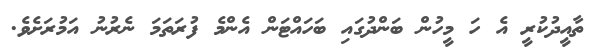
ތާއީދުކުރީ އެ ހަ މީހުން ބަންދުގައި ބަހައްޓަން އެންމެ ފުރަތަމަ ނެރުނު އަމުރަށެވެ.